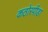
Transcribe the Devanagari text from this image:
कठोरपीडा